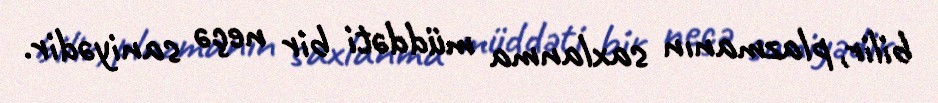
bilir, plazmanın saxlanma müddəti bir neçə saniyədir.